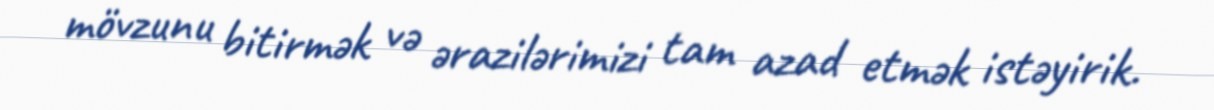
mövzunu bitirmək və ərazilərimizi tam azad etmək istəyirik.